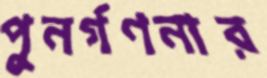
পুনর্গণনার